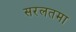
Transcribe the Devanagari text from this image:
सरलतमा